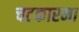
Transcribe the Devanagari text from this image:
चटकारना